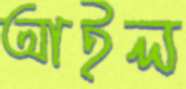
আইল